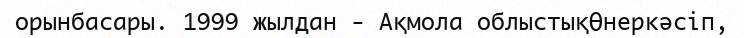
орынбасары. 1999 жылдан - Ақмола облыстықӨнеркәсіп,